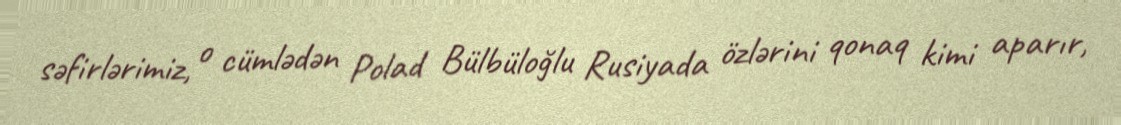
səfirlərimiz, o cümlədən Polad Bülbüloğlu Rusiyada özlərini qonaq kimi aparır,